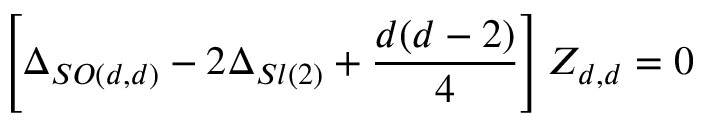
\left[ \Delta _ { S O ( d , d ) } - 2 \Delta _ { S l ( 2 ) } + \frac { d ( d - 2 ) } { 4 } \right] Z _ { d , d } = 0